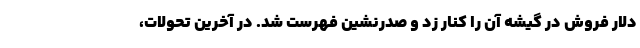
دلار فروش در گیشه آن را کنار زد و صدرنشین فهرست شد. در آخرین تحولات،